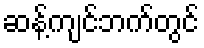
ဆန့်ကျင်ဘက်တွင်